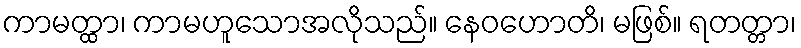
ကာမတ္ထာ၊ ကာမဟူသောအလိုသည်။ နေဝဟောတိ၊ မဖြစ်။ ရတတ္တာ၊